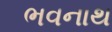
ભવનાથ